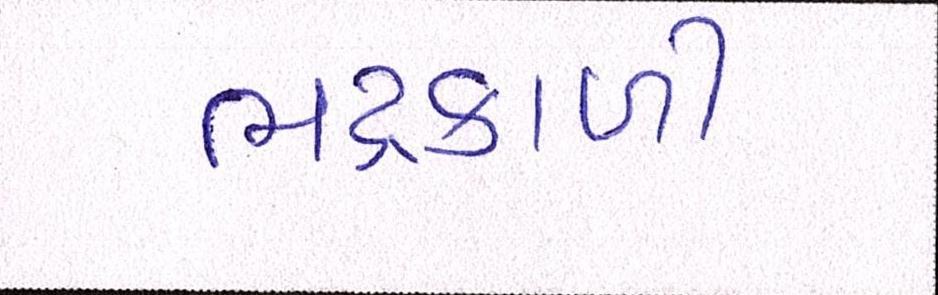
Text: ભદ્રકાળી